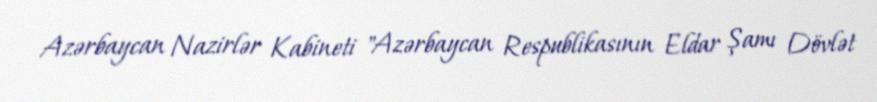
Azərbaycan Nazirlər Kabineti "Azərbaycan Respublikasının Eldar Şamı Dövlət